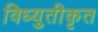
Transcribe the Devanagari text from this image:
विध्युतीकृत